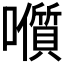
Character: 𭌭